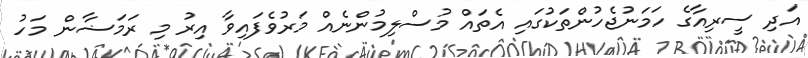
އަދި ސީރިއާގެ ހަމަނުޖެހުންތަކުގައި އެތައް މުސްލިމުންނެއް މަރުވެފައިވާ އިރު މި ރަމަޟާން މަހު